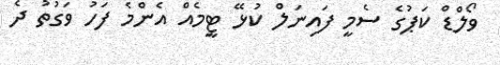
ވޯލްޑް ކަޕުގެ ސެމީ ފައިނަލް ކުޅޭ ޓީމެއް އެންމެ ފަހު ވަގުތު ދެ